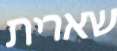
שארית